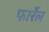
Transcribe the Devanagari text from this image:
फार्रेल